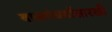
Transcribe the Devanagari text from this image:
बालगंधर्वांसारखी